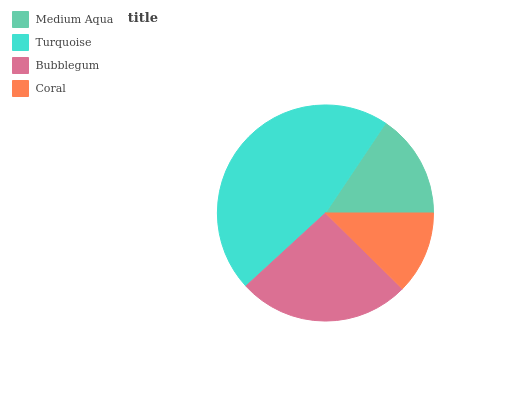
| Medium Aqua | Turquoise | Bubblegum | Coral |
 | --- | --- | --- | --- |
 | 15.6% | 46.2% | 25.8% | 12.4% |